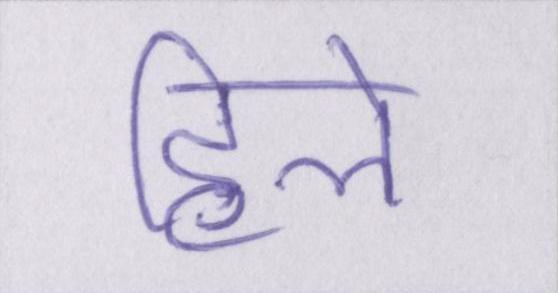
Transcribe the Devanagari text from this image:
हिले